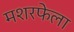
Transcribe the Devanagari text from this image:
मशरफेला